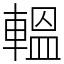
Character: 轀